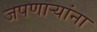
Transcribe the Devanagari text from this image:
जपणाऱ्यांना